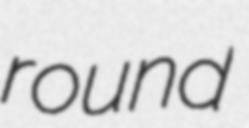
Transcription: round